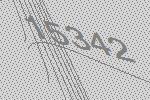
15342